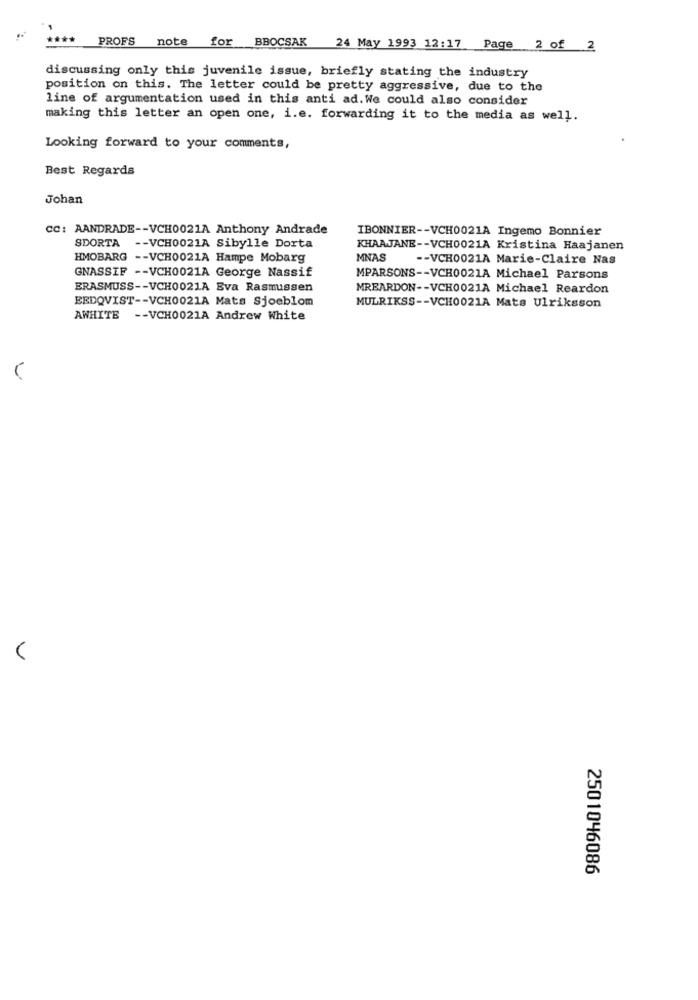
PROFS
note
for
BBOCSAK
24 May 1993 12:17
Page 2 of 2
discussing only this juvenile issue, briefly stating the industry
position on this. The letter could be pretty aggressive, due to the
line of argumentation used in this anti ad. We could also consider
making this letter an open one, i.e. forwarding it to the media as well.
Looking forward to your comments,
Best Regards
Johan
cc: AANDRADE -- VCH0021A Anthony Andrade
IBONNIER -- VCH0021A Ingemo Bonnier
SDORTA -- VCH0021A Sibylle Dorta
KHAAJANE -- VCH0021A Kristina Haajanen
HMOBARG -- VCH0021A Hampe Mobarg
MNAS
-- VCH0021A Marie-Claire Nas
GNASSIF -- VCH0021A George Nassif
MPARSONS -- VCH0021A Michael Parsons
ERASMUSS -- VCH0021A Eva Rasmussen
MREARDON -- VCH0021A Michael Reardon
EEDQVIST -- VCH0021A Mats Sjoeblom
MULRIKSS -- VCH0021A Mats Ulriksson
AWHITE -- VCH0021A Andrew White
V
2501046086